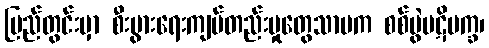
ပြည်တွင်းမှာ စီးပွားရေးကျပ်တည်းမှုတွေသာမက စစ်ပွဲပဋိပက္ခ၊